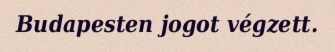
Budapesten jogot végzett.